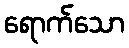
ရောက်သော